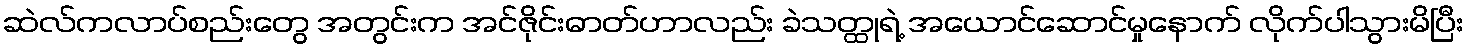
ဆဲလ်ကလာပ်စည်းတွေ အတွင်းက အင်ဇိုင်းဓာတ်ဟာလည်း ခဲသတ္ထုရဲ့ အယောင်ဆောင်မှုနောက် လိုက်ပါသွားမိပြီး